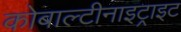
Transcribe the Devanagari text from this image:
कोबाल्टीनाइट्राइट